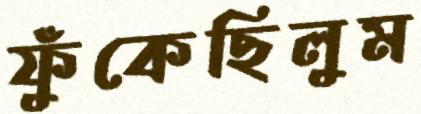
ফুঁকেছিলুম